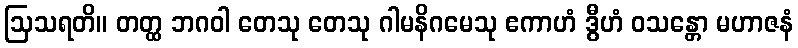
ဩသရတိ။ တတ္ထ ဘဂဝါ တေသု တေသု ဂါမနိဂမေသု ဧကာဟံ ဒွီဟံ ဝသန္တော မဟာဇနံ